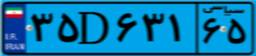
۳۵D۶۳۱۶۵